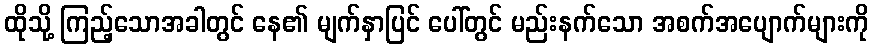
ထိုသို့ ကြည့်သောအခါတွင် နေ၏ မျက်နှာပြင် ပေါ်တွင် မည်းနက်သော အစက်အပျောက်များကို